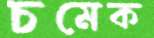
চমেক